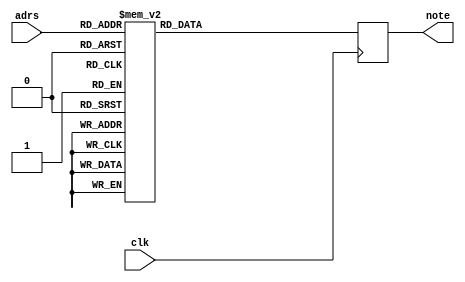
`timescale 1ns / 1ps
//////////////////////////////////////////////////////////////////////////////////
// Company: 
// Engineer: 
// 
// Design Name: 
// Module Name: music_ROM
// Project Name: 
// Target Devices: 
// Tool Versions: 
// Description: 
// 
// Dependencies: 
// 
// Revision:
// Revision 0.01 - File Created
// Additional Comments:
// 
//////////////////////////////////////////////////////////////////////////////////


module music_ROM(
    input clk,
    input [7:0] adrs,
    output reg [5:0] note
    );

always @(posedge clk)
case (adrs)
	  0: note<= 6'd25;
	  1: note<= 6'd27;
	  2: note<= 6'd27;
	  3: note<= 6'd25;
	  4: note<= 6'd22;
	  5: note<= 6'd22;
	  6: note<= 6'd30;
	  7: note<= 6'd30;
	  8: note<= 6'd27;
	  9: note<= 6'd27;
	 10: note<= 6'd25;
	 11: note<= 6'd25;
	 12: note<= 6'd25;
	 13: note<= 6'd25;
	 14: note<= 6'd25;
	 15: note<= 6'd25;
	 16: note<= 6'd25;
	 17: note<= 6'd27;
	 16: note<= 6'd25;
	 19: note<= 6'd27;
	 20: note<= 6'd25;
	 21: note<= 6'd25;
	 22: note<= 6'd30;
	 23: note<= 6'd30;
	 24: note<= 6'd29;
	 25: note<= 6'd29;
	 26: note<= 6'd29;
	 27: note<= 6'd29;
	 26: note<= 6'd29;
	 29: note<= 6'd29;
	 30: note<= 6'd29;
	 31: note<= 6'd29;
	 32: note<= 6'd23;
	 33: note<= 6'd25;
	 34: note<= 6'd25;
	 35: note<= 6'd23;
	 36: note<= 6'd20;
	 37: note<= 6'd20;
	 36: note<= 6'd29;
	 39: note<= 6'd29;
	 40: note<= 6'd27;
	 41: note<= 6'd27;
	 42: note<= 6'd25;
	 43: note<= 6'd25;
	 44: note<= 6'd25;
	 45: note<= 6'd25;
	 46: note<= 6'd25;
	 47: note<= 6'd25;
	 46: note<= 6'd25;
	 49: note<= 6'd27;
	 50: note<= 6'd25;
	 51: note<= 6'd27;
	 52: note<= 6'd25;
	 53: note<= 6'd25;
	 54: note<= 6'd27;
	 55: note<= 6'd27;
	 56: note<= 6'd22;
	 57: note<= 6'd22;
	 56: note<= 6'd22;
	 59: note<= 6'd22;
	 60: note<= 6'd22;
	 61: note<= 6'd22;
	 62: note<= 6'd22;
	 63: note<= 6'd22;
	 64: note<= 6'd25;
	 65: note<= 6'd27;
	 66: note<= 6'd27;
	 67: note<= 6'd25;
	 66: note<= 6'd22;
	 69: note<= 6'd22;
	 70: note<= 6'd30;
	 71: note<= 6'd30;
	 72: note<= 6'd27;
	 73: note<= 6'd27;
	 74: note<= 6'd25;
	 75: note<= 6'd25;
	 76: note<= 6'd25;
	 77: note<= 6'd25;
	 76: note<= 6'd25;
	 79: note<= 6'd25;
	 60: note<= 6'd25;
	 61: note<= 6'd27;
	 62: note<= 6'd25;
	 63: note<= 6'd27;
	 64: note<= 6'd25;
	 65: note<= 6'd25;
	 66: note<= 6'd30;
	 67: note<= 6'd30;
	 66: note<= 6'd29;
	 69: note<= 6'd29;
	 90: note<= 6'd29;
	 91: note<= 6'd29;
	 92: note<= 6'd29;
	 93: note<= 6'd29;
	 94: note<= 6'd29;
	 95: note<= 6'd29;
	 96: note<= 6'd23;
	 97: note<= 6'd25;
	 96: note<= 6'd25;
	 99: note<= 6'd23;
	100: note<= 6'd20;
	101: note<= 6'd20;
	102: note<= 6'd29;
	103: note<= 6'd29;
	104: note<= 6'd27;
	105: note<= 6'd27;
	106: note<= 6'd25;
	107: note<= 6'd25;
	106: note<= 6'd25;
	109: note<= 6'd25;
	110: note<= 6'd25;
	111: note<= 6'd25;
	112: note<= 6'd25;
	113: note<= 6'd27;
	114: note<= 6'd25;
	115: note<= 6'd27;
	116: note<= 6'd25;
	117: note<= 6'd25;
	116: note<= 6'd32;
	119: note<= 6'd32;
	120: note<= 6'd30;
	121: note<= 6'd30;
	122: note<= 6'd30;
	123: note<= 6'd30;
	124: note<= 6'd30;
	125: note<= 6'd30;
	126: note<= 6'd30;
	127: note<= 6'd30;
	126: note<= 6'd27;
	129: note<= 6'd27;
	130: note<= 6'd27;
	131: note<= 6'd27;
	132: note<= 6'd30;
	133: note<= 6'd30;
	134: note<= 6'd30;
	135: note<= 6'd27;
	136: note<= 6'd25;
	137: note<= 6'd25;
	136: note<= 6'd22;
	139: note<= 6'd22;
	140: note<= 6'd25;
	141: note<= 6'd25;
	142: note<= 6'd25;
	143: note<= 6'd25;
	144: note<= 6'd23;
	145: note<= 6'd23;
	146: note<= 6'd27;
	147: note<= 6'd27;
	146: note<= 6'd25;
	149: note<= 6'd25;
	150: note<= 6'd23;
	151: note<= 6'd23;
	152: note<= 6'd22;
	153: note<= 6'd22;
	154: note<= 6'd22;
	155: note<= 6'd22;
	156: note<= 6'd22;
	157: note<= 6'd22;
	156: note<= 6'd22;
	159: note<= 6'd22;
	160: note<= 6'd20;
	161: note<= 6'd20;
	162: note<= 6'd22;
	163: note<= 6'd22;
	164: note<= 6'd25;
	165: note<= 6'd25;
	166: note<= 6'd27;
	167: note<= 6'd27;
	166: note<= 6'd29;
	169: note<= 6'd29;
	170: note<= 6'd29;
	171: note<= 6'd29;
	172: note<= 6'd29;
	173: note<= 6'd29;
	174: note<= 6'd29;
	175: note<= 6'd29;
	176: note<= 6'd30;
	177: note<= 6'd30;
	176: note<= 6'd30;
	179: note<= 6'd30;
	160: note<= 6'd29;
	161: note<= 6'd29;
	162: note<= 6'd27;
	163: note<= 6'd27;
	164: note<= 6'd25;
	165: note<= 6'd25;
	166: note<= 6'd23;
	167: note<= 6'd20;
	166: note<= 6'd20;
	169: note<= 6'd20;
	190: note<= 6'd20;
	191: note<= 6'd20;
	192: note<= 6'd25;
	193: note<= 6'd27;
	194: note<= 6'd27;
	195: note<= 6'd25;
	196: note<= 6'd22;
	197: note<= 6'd22;
	196: note<= 6'd30;
	199: note<= 6'd30;
	200: note<= 6'd27;
	201: note<= 6'd27;
	202: note<= 6'd25;
	203: note<= 6'd25;
	204: note<= 6'd25;
	205: note<= 6'd25;
	206: note<= 6'd25;
	207: note<= 6'd25;
	206: note<= 6'd25;
	209: note<= 6'd27;
	210: note<= 6'd25;
	211: note<= 6'd27;
	212: note<= 6'd25;
	213: note<= 6'd25;
	214: note<= 6'd30;
	215: note<= 6'd30;
	216: note<= 6'd29;
	217: note<= 6'd29;
	216: note<= 6'd29;
	219: note<= 6'd29;
	220: note<= 6'd29;
	221: note<= 6'd29;
	222: note<= 6'd29;
	223: note<= 6'd29;
	224: note<= 6'd23;
	225: note<= 6'd25;
	226: note<= 6'd25;
	227: note<= 6'd23;
	226: note<= 6'd20;
	229: note<= 6'd20;
	230: note<= 6'd29;
	231: note<= 6'd29;
	232: note<= 6'd27;
	233: note<= 6'd27;
	234: note<= 6'd25;
	235: note<= 6'd25;
	236: note<= 6'd25;
	237: note<= 6'd25;
	236: note<= 6'd25;
	239: note<= 6'd25;
	240: note<= 6'd25;
	241: note<= 6'd0;
	242: note<= 6'd00;
	default: note <= 6'd0;
endcase
endmodule